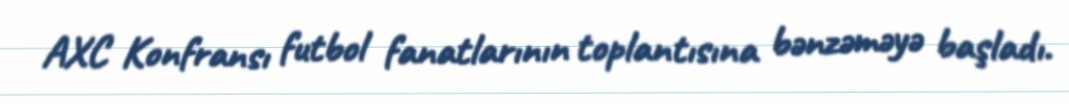
AXC Konfransı futbol fanatlarının toplantısına bənzəməyə başladı.